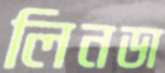
লিনডা